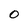
Character: 0